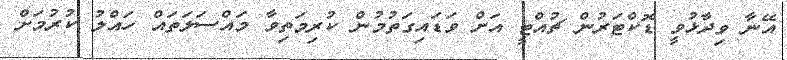
އޭނާ ވިދާޅުވީ ޑޮކްޓަރުން ޗުއްޓީ އަށް ވަޑައިގަތުމުން ކުރިމަތިވާ މައްސަލަތައް ހައްލު ކުރުމަށް